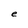
Character: e